Note on the mental hospitals in Burma - 1925-1940
Year: 1925
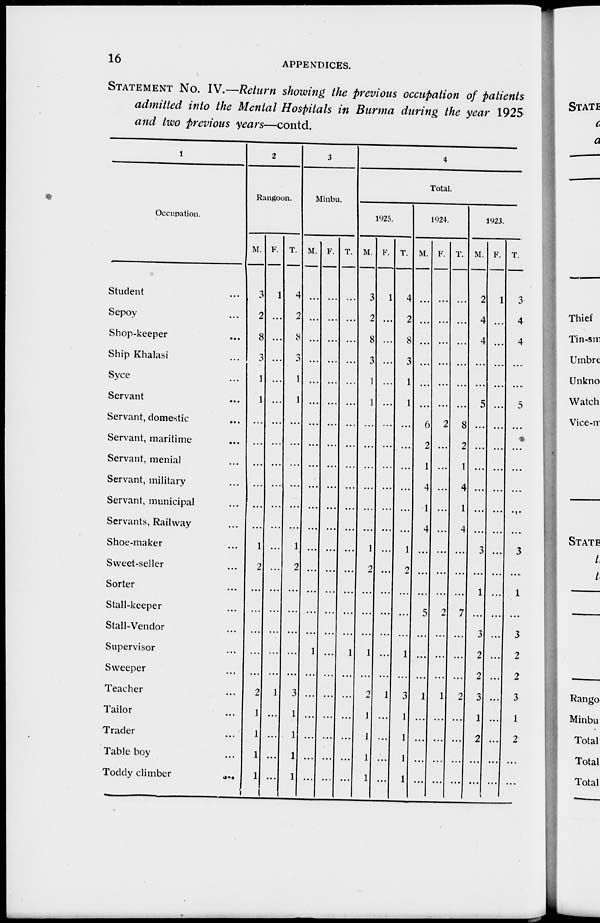
16
APPENDICES.
STATEMENT No. IV.—Return showing the previous occupation of patients
admitted into the Mental Hospitals in Burma during the year 1925
and two previous years—contd.
1
Occupation.
Student ...
Sepoy ...
Shop-keeper ...
Ship Khalasi ...
Syce ...
Servant ...
Servant, domestic ...
Servant, maritime ...
Servant, menial ...
Servant, military ...
Servant, municipal ...
Servants, Railway ...
Shoe-maker ...
Sweet-seller ...
Sorter ...
Stall-keeper ...
Stall-Vendor ...
Supervisor ...
Sweeper ...
Teacher ...
Tailor ...
Trader ...
Table boy ...
Toddy climber
...
2
Rangoon.
M.
3
2
8
3
1
1
...
...
...
...
...
...
1
2
...
...
...
...
...
2
1
1
1
1
F.
1
...
...
...
...
...
...
...
...
...
...
...
...
...
...
...
...
...
...
1
...
...
...
...
T.
4
2
8
3
1
1
...
...
...
...
...
...
1
2
...
...
...
...
...
3
1
1
1
1
3
Minbu.
M.
...
...
...
...
...
...
...
...
...
...
...
...
...
...
...
...
...
1
...
...
...
...
...
...
F.
...
...
...
...
...
...
...
...
...
...
...
...
...
...
...
...
...
...
...
...
...
...
...
...
T.
...
...
...
...
...
...
...
...
...
...
...
...
...
...
...
...
...
1
...
...
...
...
...
...
4
Total.
1925.
M.
3
2
8
3
1
1
...
...
...
...
...
...
1
2
...
...
...
1
...
2
1
1
1
1
F.
1
...
...
...
...
...
...
...
...
...
...
...
...
...
...
...
...
...
...
1
...
...
...
...
T.
4
2
8
3
1
1
...
...
...
...
...
...
1
2
...
...
...
1
...
3
1
1
1
1
1924.
M.
...
...
...
...
...
...
6
2
1
4
1
4
...
...
...
5
...
...
...
1
...
...
...
...
F.
...
...
...
...
...
...
2
...
...
...
...
...
...
...
...
2
...
...
...
1
...
...
...
...
T.
...
...
...
...
...
...
8
2
1
4
1
4
...
...
...
7
...
...
...
2
...
...
...
...
1923.
M.
2
4
4
...
...
5
...
...
...
...
...
...
3
...
1
...
3
2
2
3
1
2
...
...
F.
1
...
...
...
...
...
...
...
...
...
...
...
...
...
...
...
...
...
...
...
...
...
...
...
T.
3
4
4
...
...
5
...
...
...
...
...
...
3
...
1
...
3
2
2
3
1
2
...
...